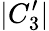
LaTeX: |C_{3}^{\prime}|